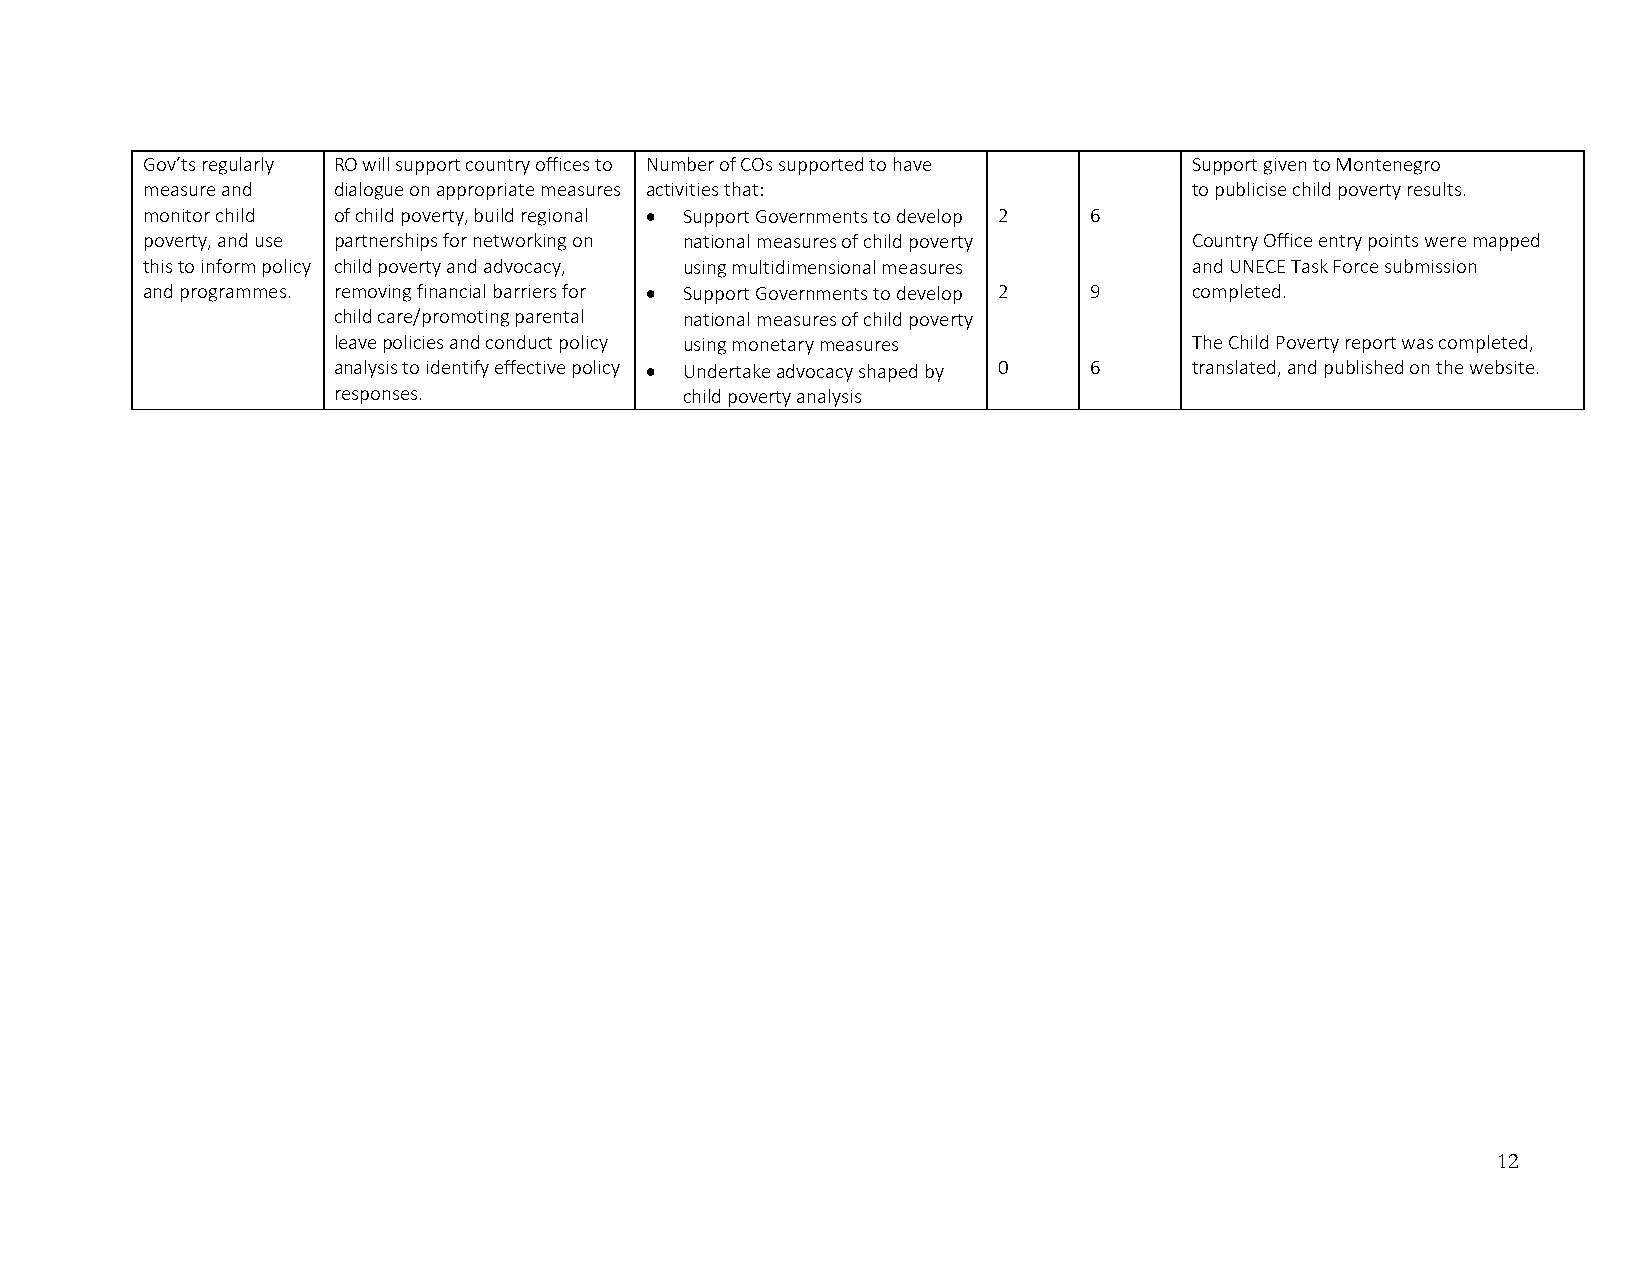
Gov’ts regularly RO will support country offices to Number of COs supported to have Supportgiven to Montenegro
 measure and  dialogue on appropriate measures activities that:        to publicise child poverty results.
 monitor child of child poverty, build regional  Support Governments to develop 2 6
 poverty, and use partnerships for networking on national measures of child poverty Country Office entry points were mapped
 this to inform policy child poverty and advocacy, using multidimensional measures and UNECE Task Force submission
 and programmes. removing financial barriers for  Support Governments to develop 2 9 completed.
 child care/promoting parental national measures of child poverty
 leave policies and conduct policy using monetary measures The Child Poverty report was completed,
 analysis to identify effective policy  Undertake advocacy shaped by 0 6 translated, and published on the website.
 responses.             child poverty analysis
 12